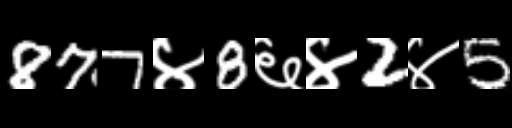
Text: 877४8६४2४5